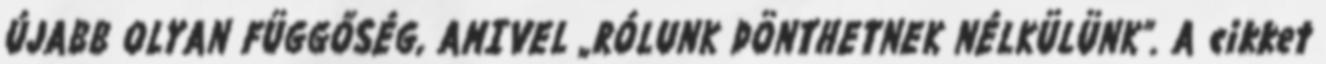
ÚJABB OLYAN FÜGGŐSÉG, AMIVEL „RÓLUNK DÖNTHETNEK NÉLKÜLÜNK”. A cikket